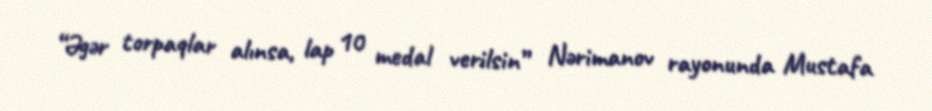
“Əgər torpaqlar alınsa, lap 10 medal verilsin” Nərimanov rayonunda Mustafa